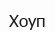
Хоуп